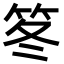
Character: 笗